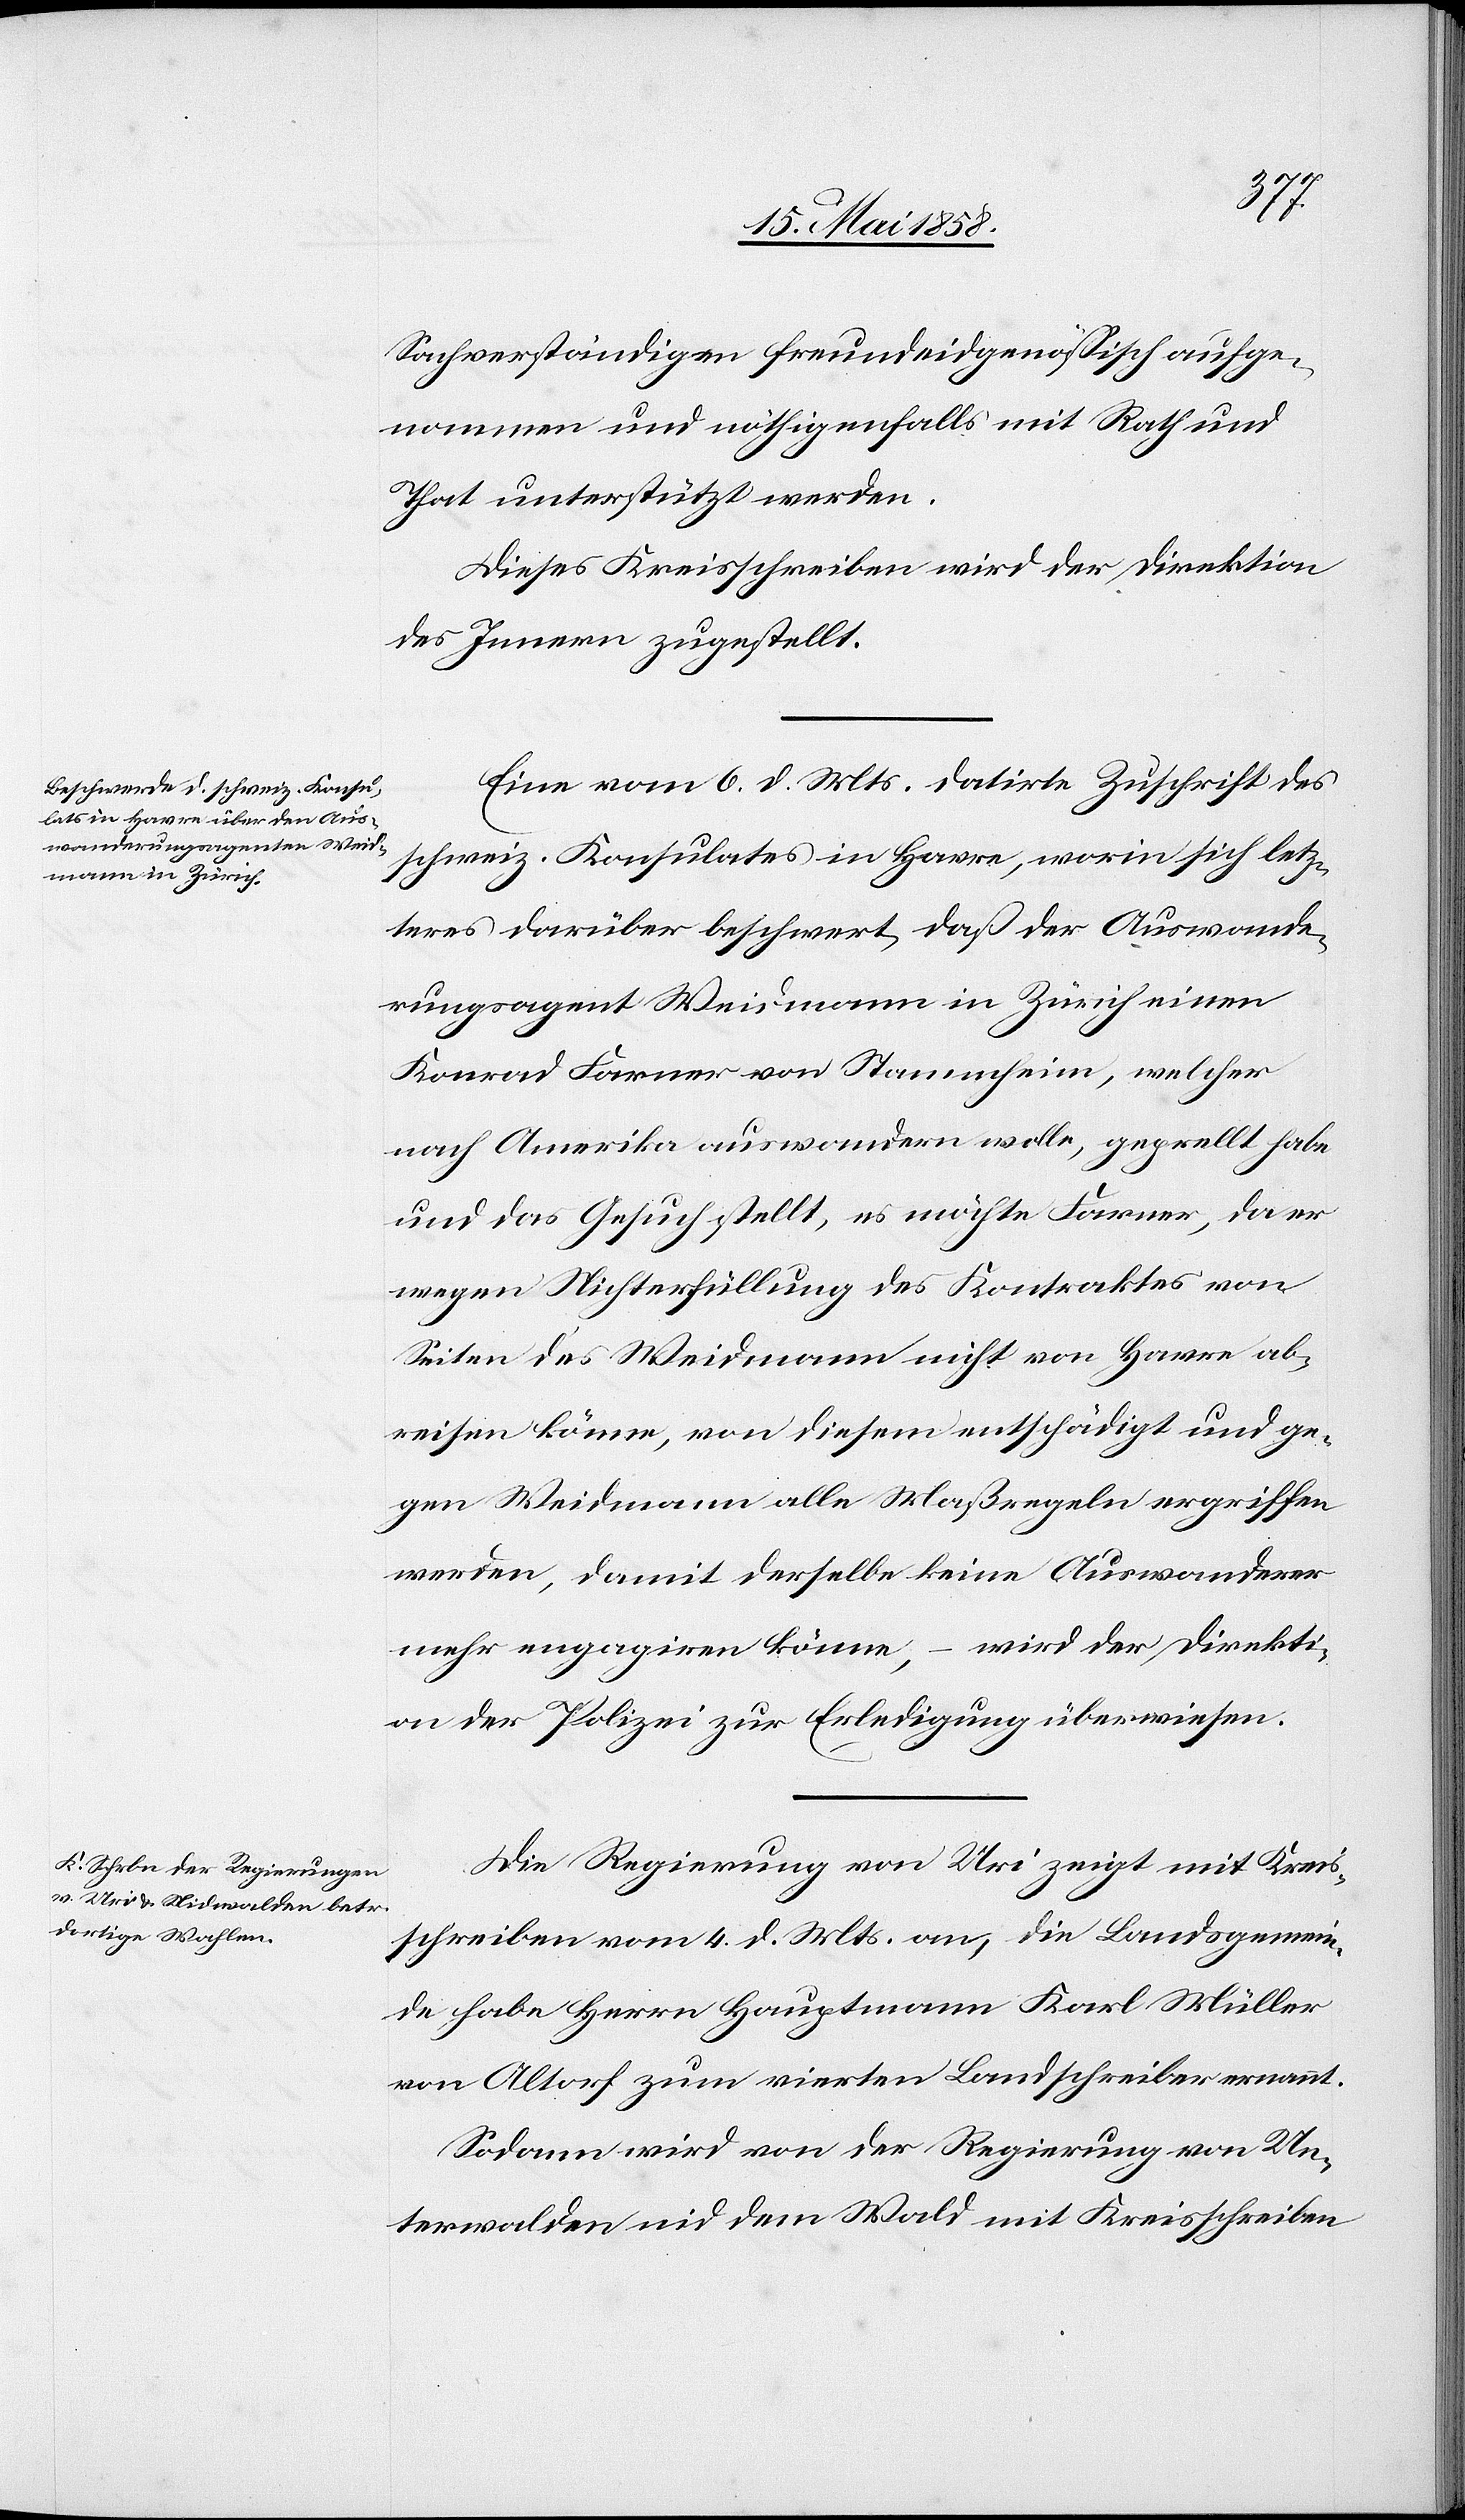
Sachverständigen freundeidgenössisch aufge¬
nommen und nöthigenfalls mit Rath und
That unterstützt werden.
Dieses Kreisschreiben wird der Direktion
des Innern zugestellt.
Eine vom 6. d. Mts. datirte Zuschrift des
schweiz. Konsulates in Havre, worin sich letz¬
teres darüber beschwert, daß der Auswande¬
rungsagent Weidmann in Zürich einen
Konrad Farmer von Stammheim, welcher
nach Amerika auswandern wolle, geprellt habe
und das Gesuch stellt, es möchte Ferner, da er
wegen Nichterfüllung des Kontraktes von
Seiten des Weidmann nicht von Havre ab¬
er sein könne, von diesem entschädigt und ge¬
gen Weidmann alle Maßregeln ergriffen
werden, damit derselbe keine Auswanderer
mehr engagiren könne, – wird der Direkti¬
on der Polizei zur Erledigung überwiesen.
Die Regierung von Uri zeigt mit Kreis¬
schreiben vom 4. d. Mts. an, die Landsgemein¬
de habe Herrn Hauptmann Karl Müller
von Altorf zum vierten Landschreiber ernannt.
Sodann wird von der Regierung von Un¬
terwalden nid dem Wald mit Kreisschreiben